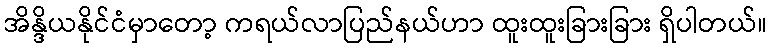
အိန္ဒိယနိုင်ငံမှာတော့ ကရယ်လာပြည်နယ်ဟာ ထူးထူးခြားခြား ရှိပါတယ်။